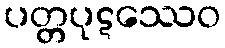
ပတ္တပုဋဿေဝ